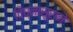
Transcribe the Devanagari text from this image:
विघ्नासूराने